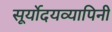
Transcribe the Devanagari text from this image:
सूर्योदयव्यापिनी